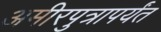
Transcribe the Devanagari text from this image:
अमीरपुत्रापर्यंत